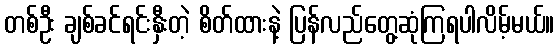
တစ်ဦး ချစ်ခင်ရင်းနှီးတဲ့ စိတ်ထားနဲ့ ပြန်လည်တွေ့ဆုံကြရပါလိမ့်မယ်။